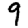
Digit: 9